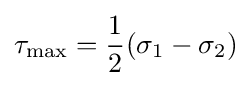
\tau _{\mathrm {max} }={\frac {1}{2}}(\sigma _{1}-\sigma _{2})\,\!